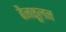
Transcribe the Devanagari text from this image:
बैनकूलन